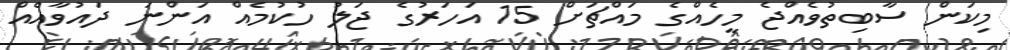
މިކަން ސާބިތުވެއްޖެ މީހެއްގެ މައްޗަށް 15 އަހަރުގެ ޖަލު ހުކުމެއް އަންނަ ދައުވާއެއް